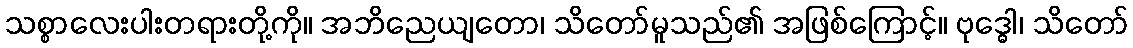
သစ္စာလေးပါးတရားတို့ကို။ အဘိညေယျတော၊ သိတော်မူသည်၏ အဖြစ်ကြောင့်။ ဗုဒ္ဓေါ၊ သိတော်